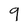
Character: 9